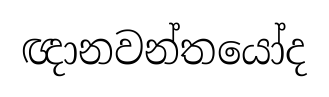
ඥානවන්තයෝද